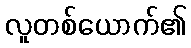
လူတစ်ယောက်၏